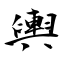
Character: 輿